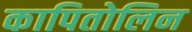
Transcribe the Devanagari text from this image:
कापितोलिन